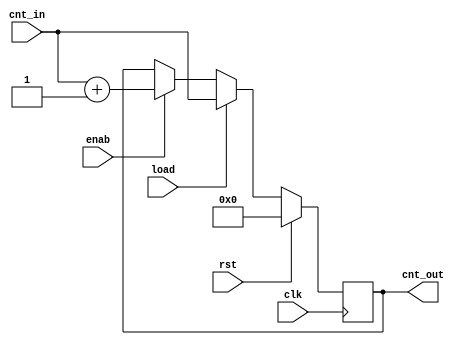
module counterfunc
#(
  parameter integer WIDTH=5
 )
 (
  input  wire clk  ,
  input  wire rst  ,
  input  wire load ,
  input  wire enab ,
  input  wire [WIDTH-1:0] cnt_in ,
  output reg  [WIDTH-1:0] cnt_out 
 );

  function [WIDTH-1:0] cnt_func;
    input rst;
    input load;
    input enab;
    input [WIDTH-1:0] cnt_in;
    input [WIDTH-1:0] cnt_out;
    if ( rst  ) cnt_func = 8'b0; else
    if ( load ) cnt_func = cnt_in; else
    if ( enab ) cnt_func = cnt_in + 1; else 
                cnt_func = cnt_out;
  endfunction
    

  always @(posedge clk)
     cnt_out <= cnt_func (rst, load, enab ,cnt_in, cnt_out); //function call

endmodule